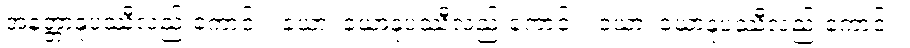
အနတ္တာနုပဿီလည်းကောင်း။ ခယာ၊ ခယာနုပဿီလည်းကောင်း။ ဝယာ၊ ဝယာနုပဿီလည်းကောင်း။